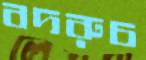
বদরুচ